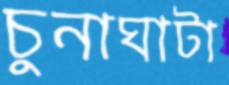
চুনাঘাটা